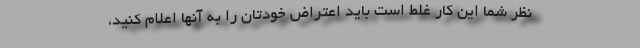
نظر شما این کار غلط است باید اعتراض خودتان را به آنها اعلام کنید،